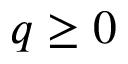
q \geq 0